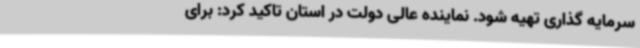
سرمایه گذاری تهیه شود. نماینده عالی دولت در استان تاکید کرد: برای